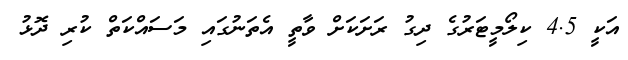
އަކީ 4.5 ކިލޯމީޓަރުގެ ދިގު ރަށަކަށް ވާތީ އެތަނުގައި މަސައްކަތް ކުރި ދޮޅު